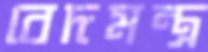
বেদমন্ত্র